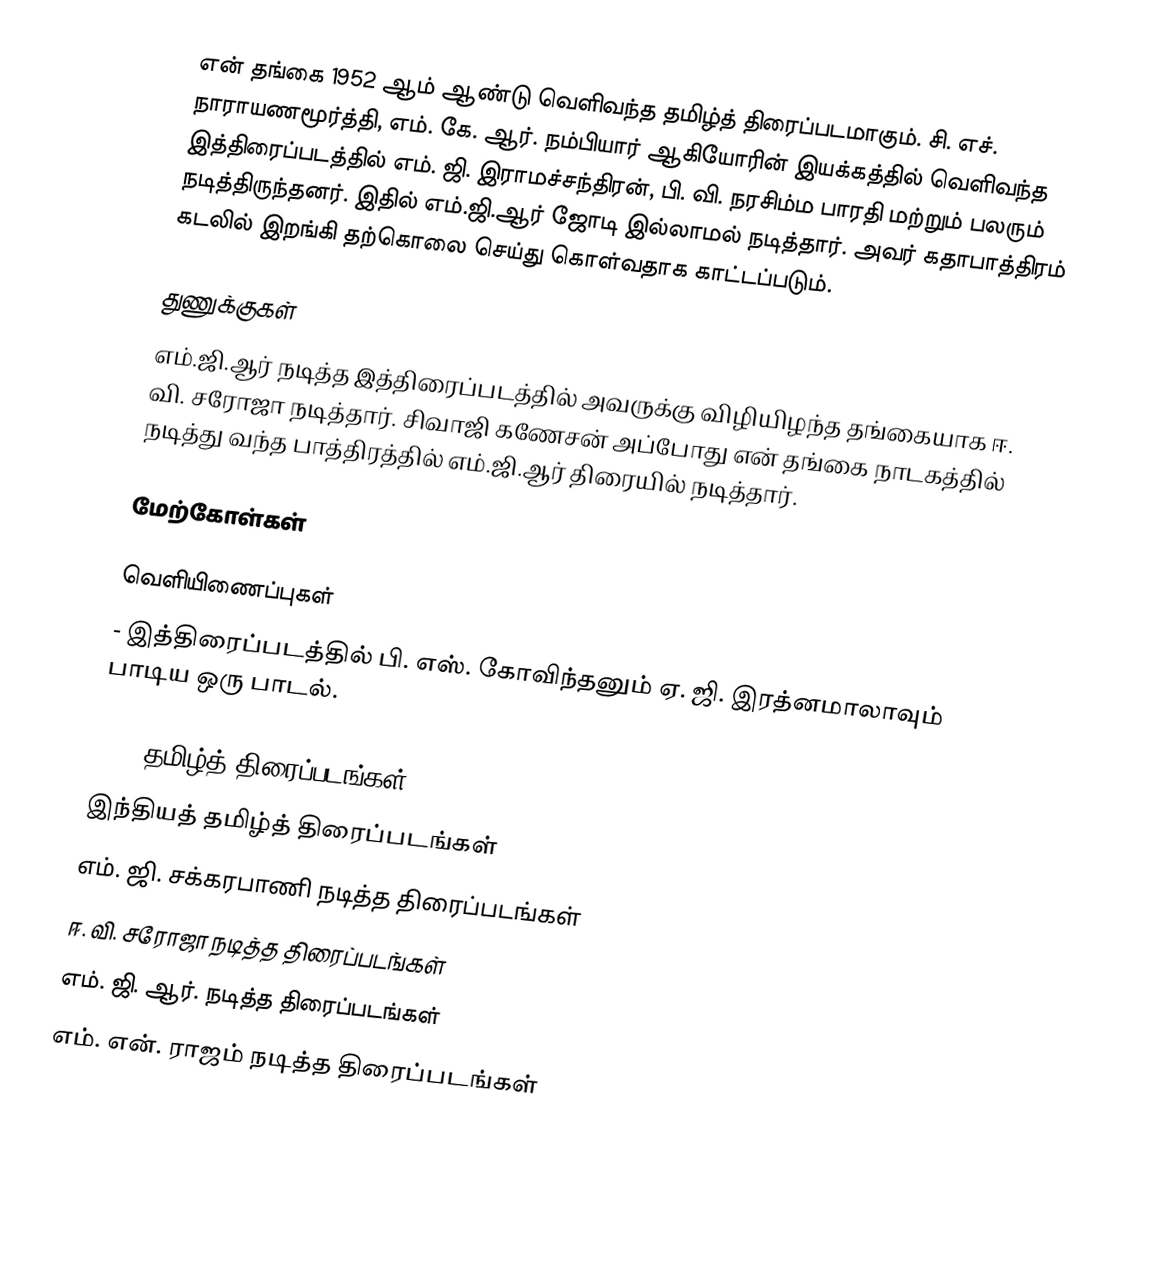
என் தங்கை 1952 ஆம் ஆண்டு வெளிவந்த தமிழ்த் திரைப்படமாகும். சி. எச். நாராயணமூர்த்தி, எம். கே. ஆர். நம்பியார் ஆகியோரின் இயக்கத்தில் வெளிவந்த இத்திரைப்படத்தில் எம். ஜி. இராமச்சந்திரன்,  பி. வி. நரசிம்ம பாரதி மற்றும் பலரும் நடித்திருந்தனர். இதில் எம்.ஜி.ஆர் ஜோடி இல்லாமல் நடித்தார். அவர் கதாபாத்திரம் கடலில் இறங்கி தற்கொலை செய்து கொள்வதாக காட்டப்படும்.

துணுக்குகள்
எம்.ஜி.ஆர் நடித்த இத்திரைப்படத்தில் அவருக்கு விழியிழந்த தங்கையாக ஈ. வி. சரோஜா நடித்தார். சிவாஜி கணேசன் அப்போது என் தங்கை நாடகத்தில் நடித்து வந்த பாத்திரத்தில் எம்.ஜி.ஆர் திரையில் நடித்தார்.

மேற்கோள்கள்

வெளியிணைப்புகள்
 - இத்திரைப்படத்தில் பி. எஸ். கோவிந்தனும் ஏ. ஜி. இரத்னமாலாவும் பாடிய ஒரு பாடல்.

1952 தமிழ்த் திரைப்படங்கள்
இந்தியத் தமிழ்த் திரைப்படங்கள்
எம். ஜி. சக்கரபாணி நடித்த திரைப்படங்கள்
ஈ. வி. சரோஜா நடித்த திரைப்படங்கள்
எம். ஜி. ஆர். நடித்த திரைப்படங்கள்
எம். என். ராஜம் நடித்த திரைப்படங்கள்